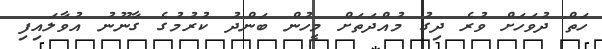
ހަތް ދުވަހަށް ވުރެ ދިގު މުއްދަތަށް މީހުން ބަންދު ކުރުމުގެ ގާނޫނު އުވާލައިފި